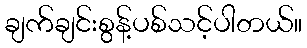
ချက်ချင်းစွန့်ပစ်သင့်ပါတယ်။